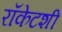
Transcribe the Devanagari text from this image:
रॉकेटशी